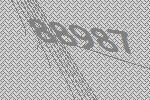
88987